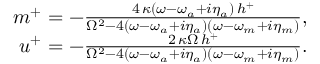
\begin{array} { r } { m ^ { + } = - \frac { 4 \, \kappa ( \omega - \omega _ { a } + i \eta _ { a } ) \, h ^ { + } } { \Omega ^ { 2 } - 4 ( \omega - \omega _ { a } + i \eta _ { a } ) ( \omega - \omega _ { m } + i \eta _ { m } ) } , } \\ { u ^ { + } = - \frac { 2 \, \kappa \Omega \, h ^ { + } } { \Omega ^ { 2 } - 4 ( \omega - \omega _ { a } + i \eta _ { a } ) ( \omega - \omega _ { m } + i \eta _ { m } ) } . } \end{array}